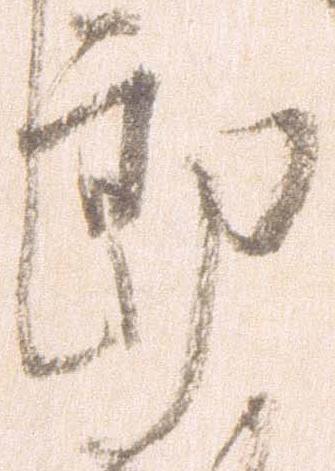
郎